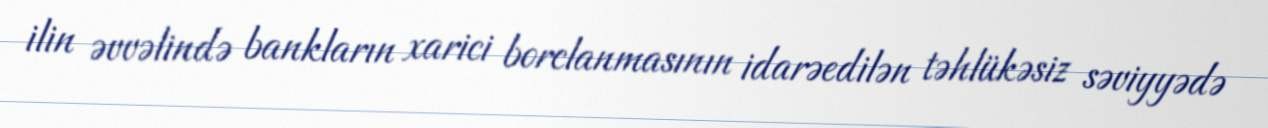
ilin əvvəlində bankların xarici borclanmasının idarəedilən təhlükəsiz səviyyədə